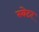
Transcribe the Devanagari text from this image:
स्‍वेटर